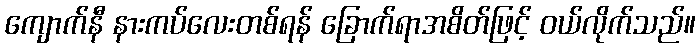
ကျောက်နီ နားကပ်လေးတစ်ရန် ခြောက်ရာအစိတ်ဖြင့် ဝယ်လိုက်သည်။